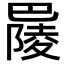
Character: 𢁋